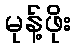
မုန့်ဖိုး